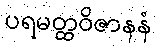
ပရမတ္ထဝိဇာနနံ